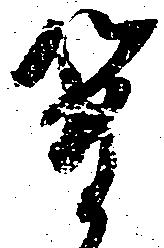
簡